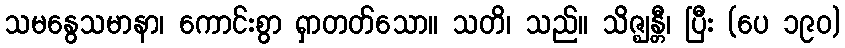
သမနွေသမာနာ၊ ကောင်းစွာ ရှာတတ်သော။ သတိ၊ သည်။ သိဇ္ဈန္တီ၊ ပြီး (ပေ ၁၉၀)